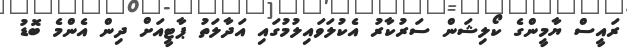
ރައީސް ޔާމީންގެ ކޯލިޝަން ސަރުކާރު އެކުލަވައިލުމުގައި އަދާލަތު ޕާޓީއަށް ދިން އެންމެ ބޮޑު